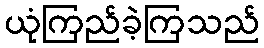
ယုံကြည်ခဲ့ကြသည်